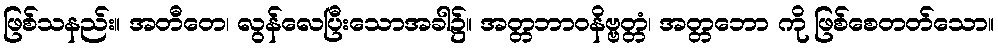
ဖြစ်သနည်း။ အတီတေ၊ လွန်လေပြီးသောအခါ၌။ အတ္တဘာဝနိဗ္ဗတ္တံ၊ အတ္တဘော ကို ဖြစ်စေတတ်သော။